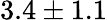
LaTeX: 3.4\pm 1.1